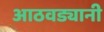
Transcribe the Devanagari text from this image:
आठवड्यानी